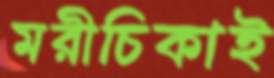
মরীচিকাই